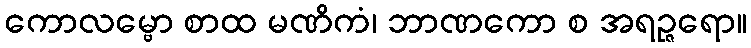
ကောလမ္ဗော စာထ မဏိကံ၊ ဘာဏကော စ အရဉ္ဇရော။